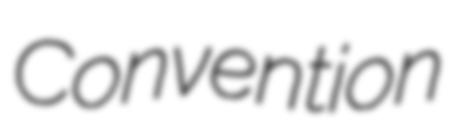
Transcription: Convention